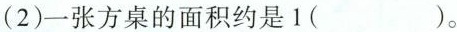
(2)一张方桌的面积约是1( )。